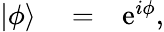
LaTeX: \begin{array}{rlr}{|\phi\rangle}&{{}=}&{\mathrm{e}^{i\phi},}\end{array}